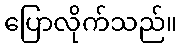
ပြောလိုက်သည်။